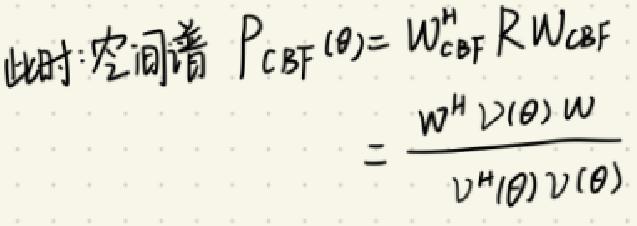
此时空间谱 $P_{CBF}(\theta)=W_{CBF}^H RW_{CBF}$
$=\frac{w^H v(\theta) w}{v^H(\theta) v(\theta)}$